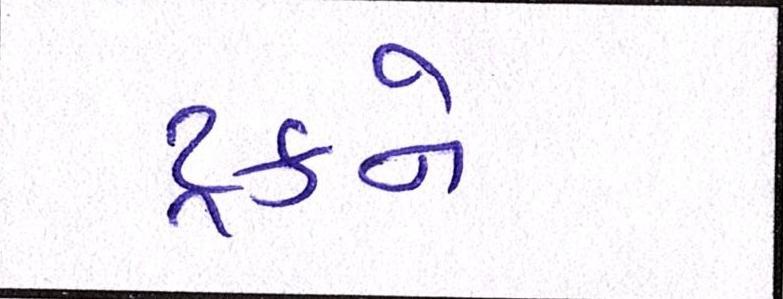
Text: ટ્રકને